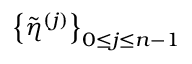
\left\{ \tilde { \eta } ^ { ( j ) } \right\} _ { 0 \leq j \leq n - 1 }